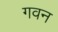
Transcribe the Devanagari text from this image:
गवन